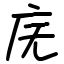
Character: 庑